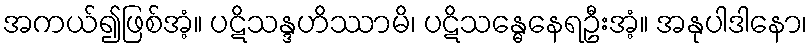
အကယ်၍ဖြစ်အံ့။ ပဋိသန္ဒဟိဿာမိ၊ ပဋိသန္ဓေနေရဦးအံ့။ အနုပါဒါနော၊